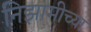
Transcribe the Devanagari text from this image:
निझामीच्या